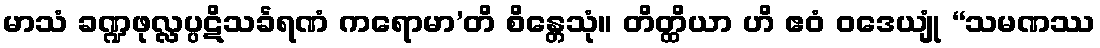
မာသံ ခဏ္ဍဖုလ္လပ္ပဋိသင်္ခရဏံ ကရောမာ’တိ စိန္တေသုံ။ တိတ္ထိယာ ဟိ ဧဝံ ဝဒေယျုံ “သမဏဿ